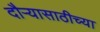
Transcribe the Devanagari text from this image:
दौऱ्यासाठीच्या